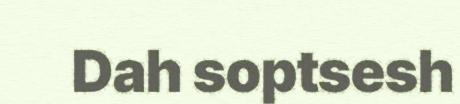
Dah soptsesh